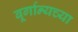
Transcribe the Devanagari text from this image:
बूर्गान्यच्या